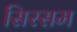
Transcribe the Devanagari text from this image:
सिरसम